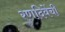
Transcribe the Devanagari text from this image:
रणदिवेंची